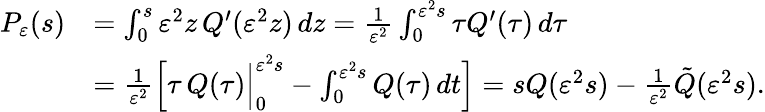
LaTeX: \begin{array}{rl}{P_{\varepsilon}(s)}&{=\int_{0}^{s}\varepsilon^{2}z\, Q^{\prime}(\varepsilon^{2}z)\, dz=\frac{1}{\varepsilon^{2}}\int_{0}^{\varepsilon^{2}s}\tau Q^{\prime}(\tau)\, d\tau}\\ &{=\frac{1}{\varepsilon^{2}}\left[\tau\, Q(\tau)\Big|_{0}^{\varepsilon^{2}s}-\int_{0}^{\varepsilon^{2}s}Q(\tau)\, dt\right]=sQ(\varepsilon^{2}s)-\frac{1}{\varepsilon^{2}}\tilde{Q}(\varepsilon^{2}s).}\end{array}